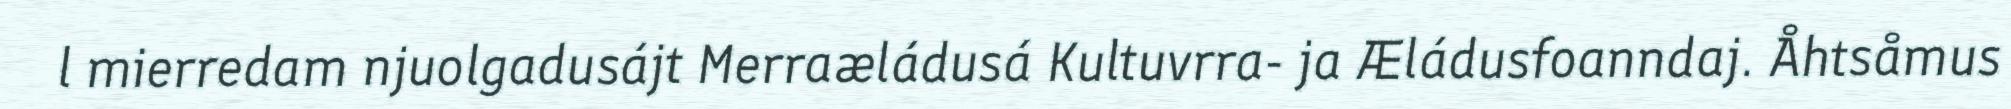
l mierredam njuolgadusájt Merraæládusá Kultuvrra- ja Æládusfoanndaj. Åhtsåmus